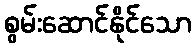
စွမ်းဆောင်နိုင်သော